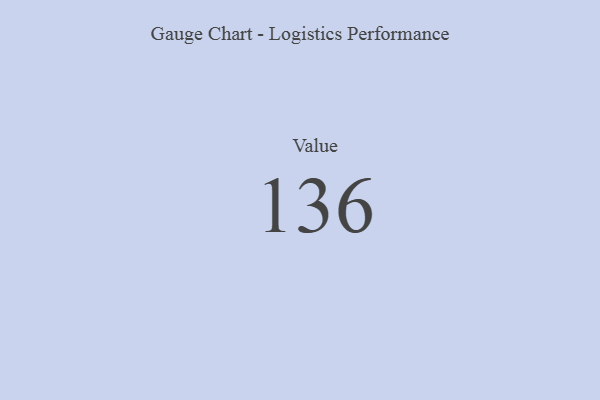
{"axis": {"x": "Metric", "y": "Value"}, "legend": [""], "data": [{"x": "Value", "y": 136, "type": ""}]}